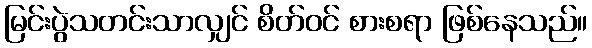
မြင်းပွဲသတင်းသာလျှင် စိတ်ဝင် စားစရာ ဖြစ်နေသည်။